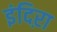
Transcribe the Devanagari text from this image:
इंदिऱा